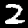
Label: 2